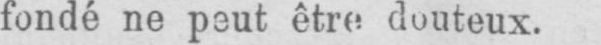
fondé ne peut être douteux.